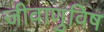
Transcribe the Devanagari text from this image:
जीवाणुविष